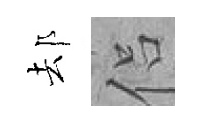
𨚫侣